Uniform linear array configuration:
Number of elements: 48
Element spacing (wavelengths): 0.5
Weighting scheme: hamming
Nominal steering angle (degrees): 45
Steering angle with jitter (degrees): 44.973
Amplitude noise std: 0.05
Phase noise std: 0.05

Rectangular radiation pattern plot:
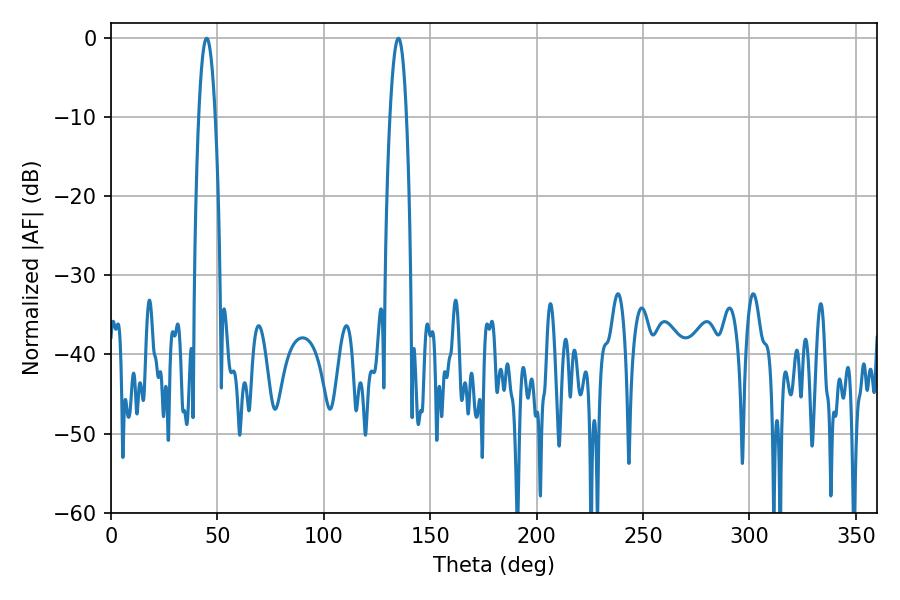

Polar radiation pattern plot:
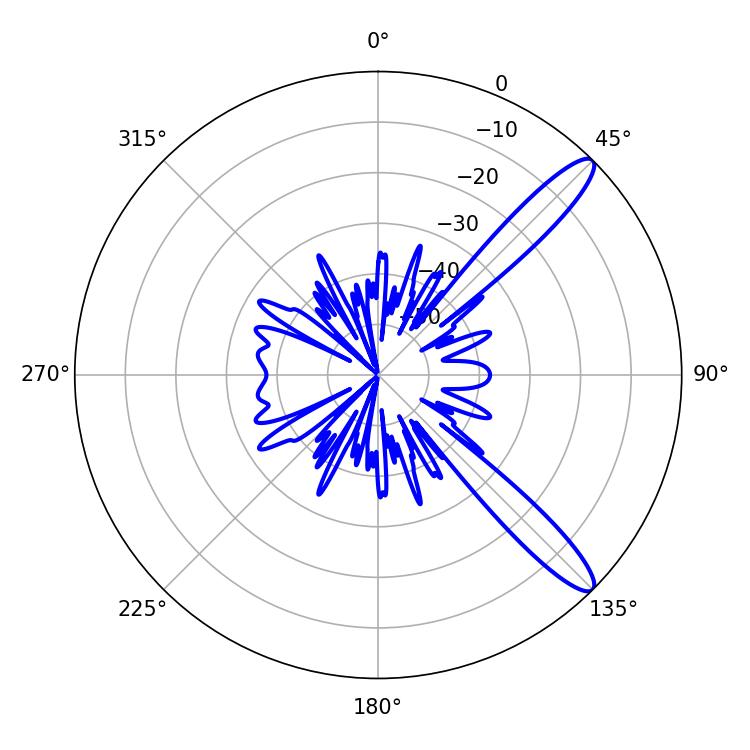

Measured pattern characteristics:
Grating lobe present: FALSE
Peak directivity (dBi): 12.426
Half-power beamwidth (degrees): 4.32
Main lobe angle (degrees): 45